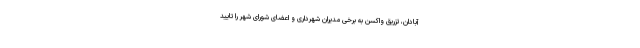
آبادان، تزریق واکسن به برخی مدیران شهرداری و اعضای شورای شهر را تایید